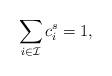
LaTeX: \begin{align*}\sum_{i\in\mathcal I}c_i^s=1,\end{align*}